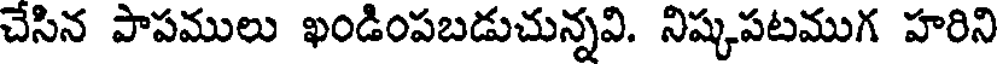
చేసిన పాపములు ఖండింపబడుచున్నవి. నిష్కపటముగ హరిని